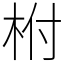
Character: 柎